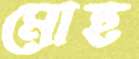
মোহ